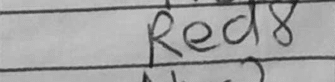
Transcription: Red8